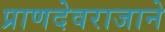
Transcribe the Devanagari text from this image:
प्राणदेवराजाने